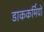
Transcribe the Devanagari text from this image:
डाककर्मियों